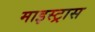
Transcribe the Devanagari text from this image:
माइस्ट्रास